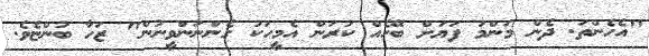
"އެހެންތަ. ދެން މަންމަ ފަޔަށް ބޭހެއް ކުރަން އެމީހަކު ގެންނަންވީނުން" ޒަހާ ބުންޏެވެ.